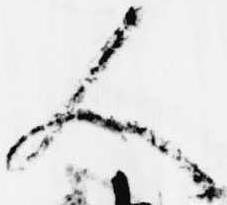
人